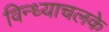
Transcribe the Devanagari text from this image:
विन्ध्याचलके